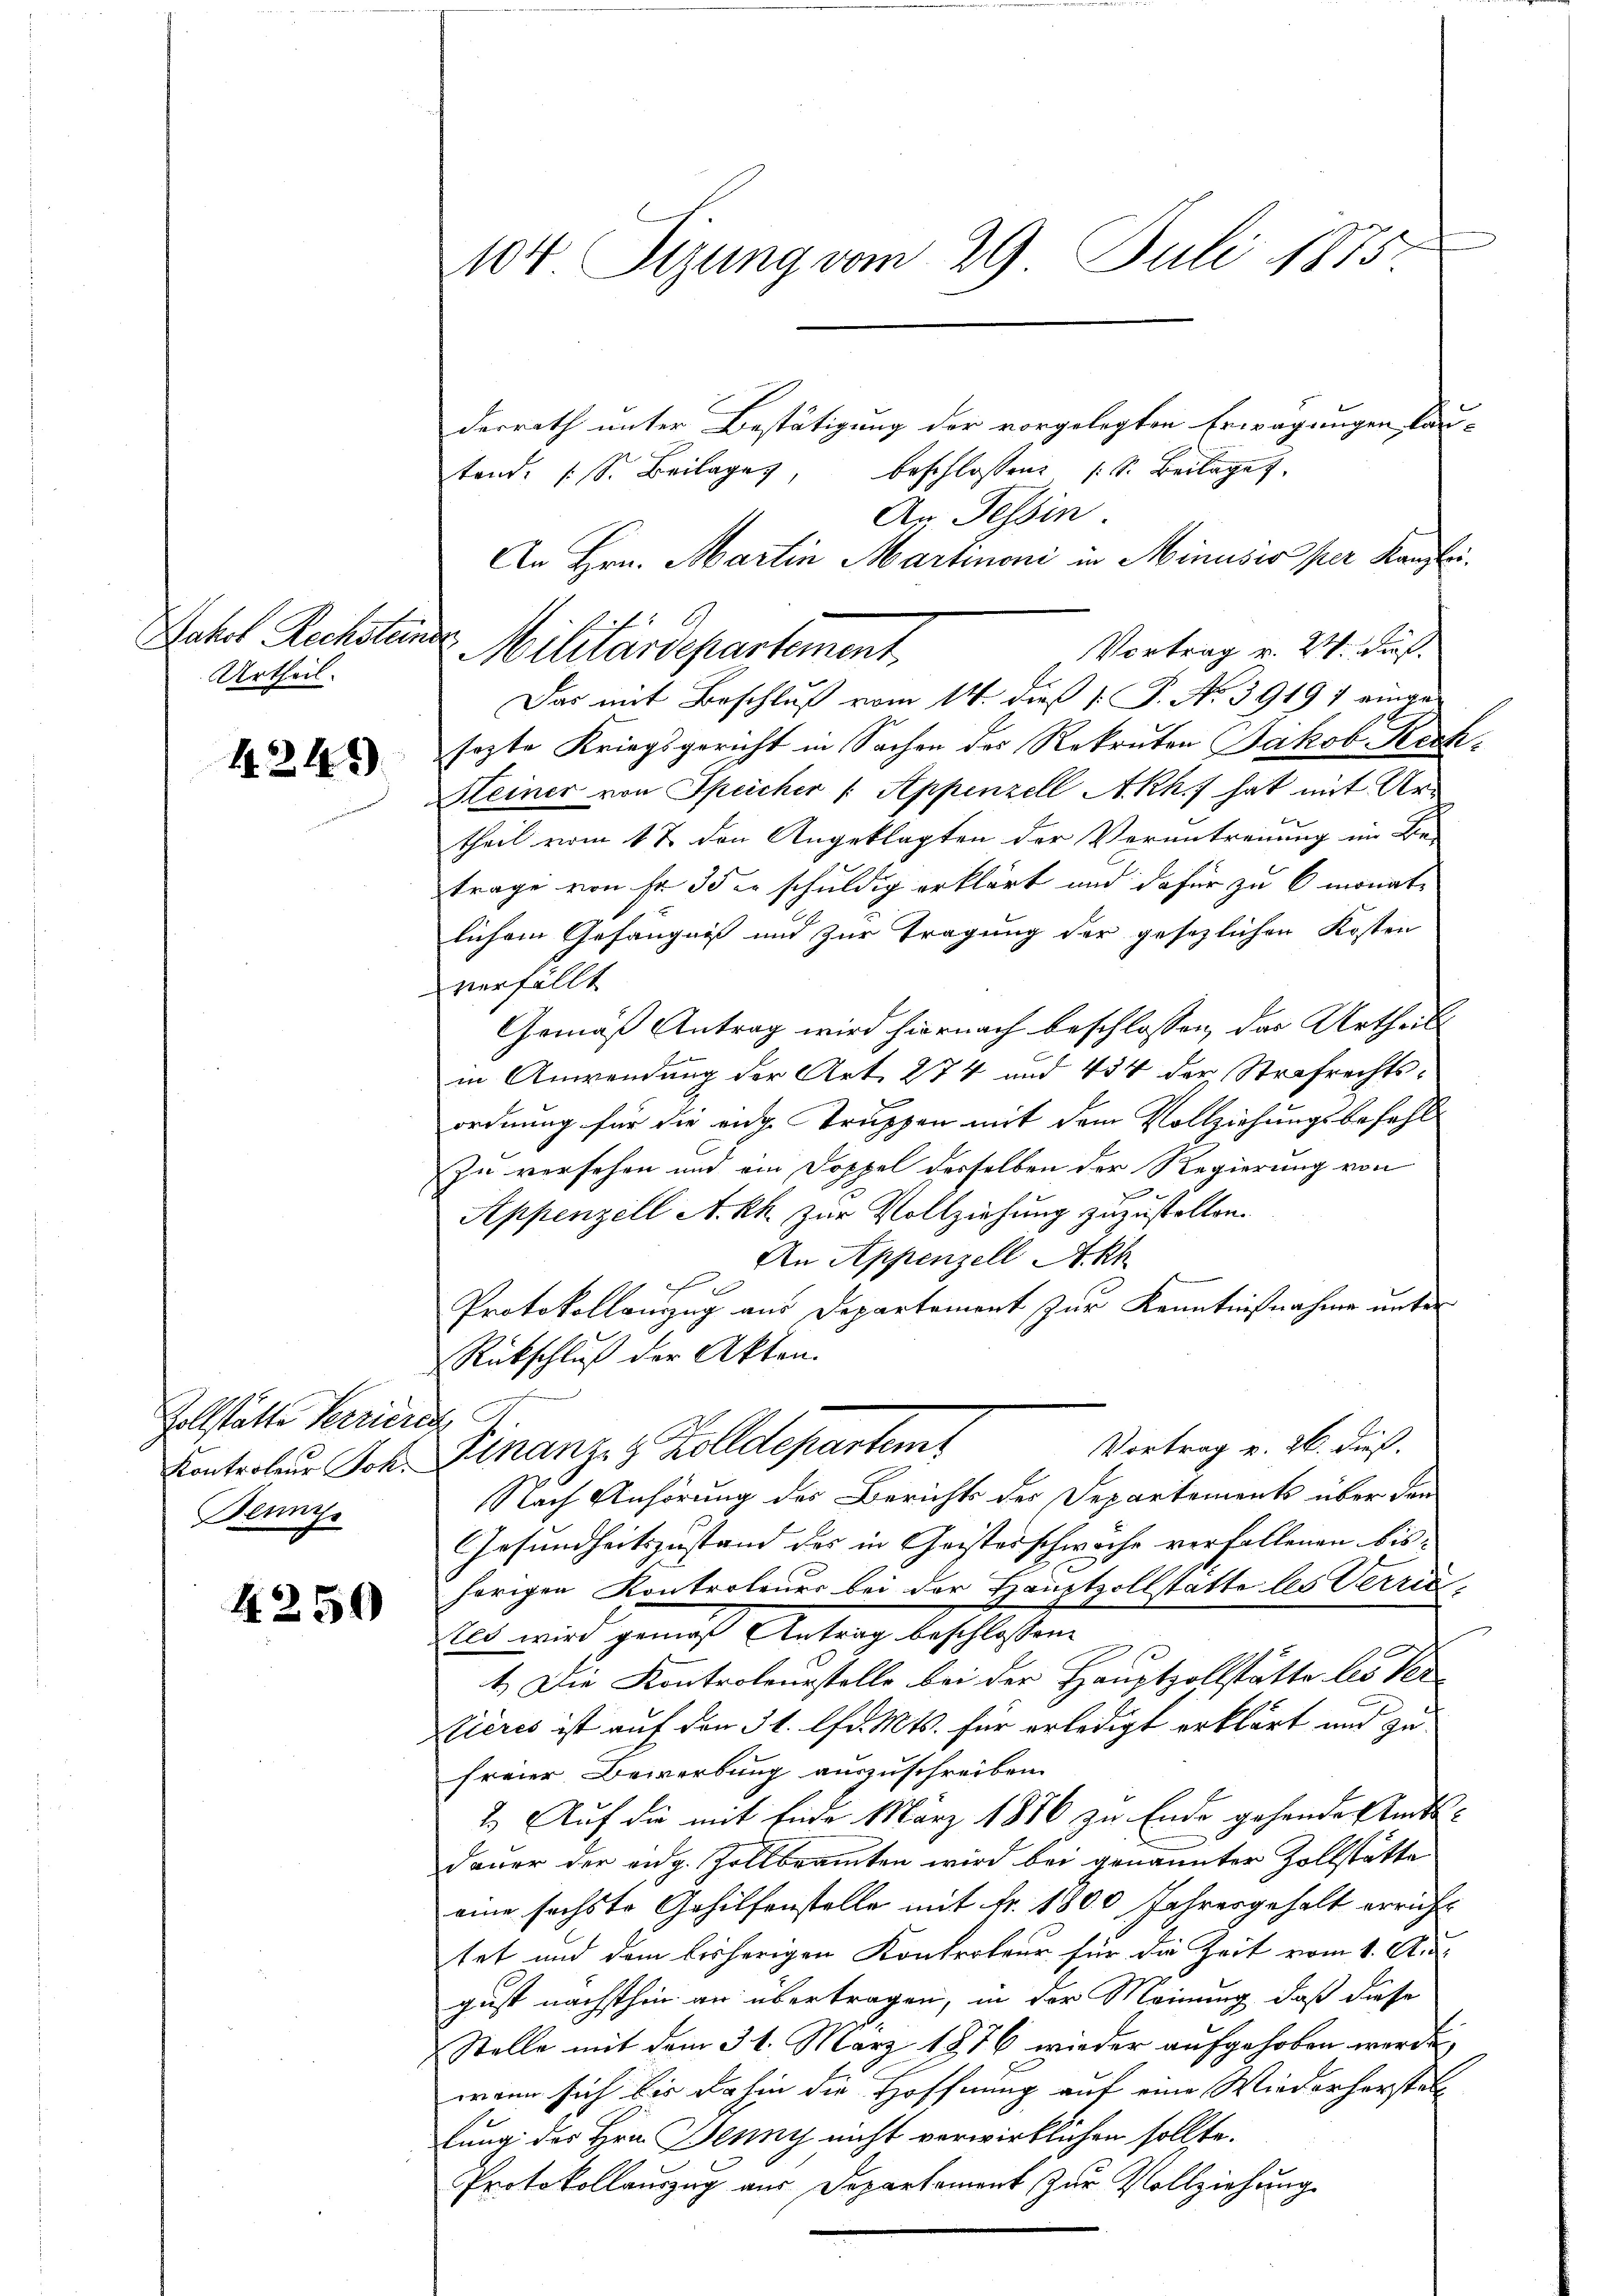
Jakob Rechsteine
Urtheil.

4249)

Zollstätte Terrier
Kontroleur Joh.
Dennys

4259

104 Sizung vom 29. Juli 1875.

derrath unter Bestätigung der vorgelegten Erwägungen kan-
beschlossen (S. Beilage
tand. (S. Beilages
An Tessin.
An Hrn. Martin Martinoni in Minusio per Kanzlei.
Vortrag v. 24. Fuß.
Das mit Beschluß vom 14. dieß P. No. 39197 eingesezte Kriegsgericht in Sachen des Rekruten Jakob Rech¬
Steiner von Speicher /: Appenzell A.Rh. hat mit Ur-
theil vom 17 den Angeklagten der Verantreuung im Be-
trage von sr 35 er schuldig erklärt und dafür zu 6 monate
lichem Gefängniß und zur Tragung der gesezlichen Kosten
verfällt
Gemäß Antrag wird hiernach beschlossen, das Urtheils
in Anwendung der Art. 274 und 454 der Strafrechtsordnung für die eige Truppen mit dem Vollziehungsbefehl
In versehen und ein Doppel derselben der Regierung von
Appenzell A. kk. zur Vollziehung zuzustellen.
An Appenzell Akh
Protokollanzug aus Departament zur Kenntnißnahme unter
Rückschluß der Akten.
ch
Vortrag v. 26. dieß.
Finanze & Zolldepartem
Nach Anhörung des Berichts der Departement über dem
Gesundheitszustand das in Geisterschwache verfallenen bishörigen Kontroleurs bei der Hauptzollstatte les Verric
13 wird gemäß Antrag beschlossen
1.) Die Kontroleurstelle bei der Hauptzollstätte les Ver-
Eières ist auf den 31. lfd. Mts. für erledigt erklärt und zu
freier Bewerbung auszuschreiben.
2.) Auf die mit Ende März 1876 zu Ende gehende Amtsdauer der aug. Zollbeamten wird bei genannter Zollstätte
eine sechste Gehilfenstelle mit Fr. 1800 Jahresgehalt erricht
tet und dem bisherigen Kontroleur für die Zeit vom 1. August nächsthin an übertragen, in der Meinung, daß diese
Stelle mit dem 31. März 1876 wieder aufgehoben werde,
wenn sich bis dahin die Hoffnung auf eine Wiederherstat
lung des Hrn. Jenny nicht verwirklichen sollte.
Protokollauszug aus Departement zur Vollziehung

Militärdepartement